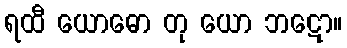
ရထီ ယောဓော တု ယော ဘဋော။